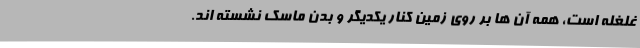
غلغله است، همه آن ها بر روی زمین کنار یکدیگر و بدن ماسک نشسته اند.